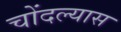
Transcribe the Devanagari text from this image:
चोंदल्यास